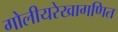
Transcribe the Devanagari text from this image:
गोलीयरेखागणित